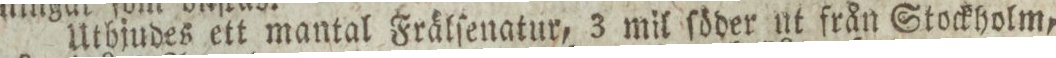
Utbjudes ett mantal Frälſenatur, 3 mil ſöder ut från Stockholm,